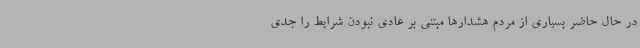
در حال حاضر بسیاری از مردم هشدارها مبتنی بر عادی نبودن شرایط را جدی